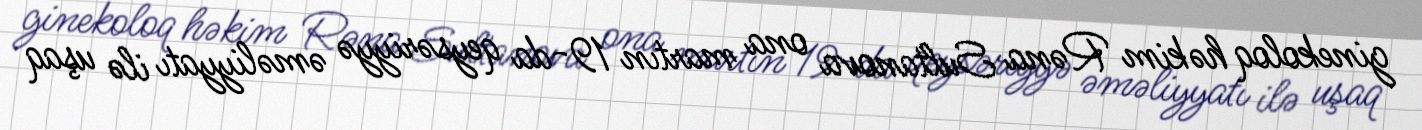
ginekoloq həkim Rəna Sultanova ona martın 19-da qeysəriyyə əməliyyatı ilə uşaq